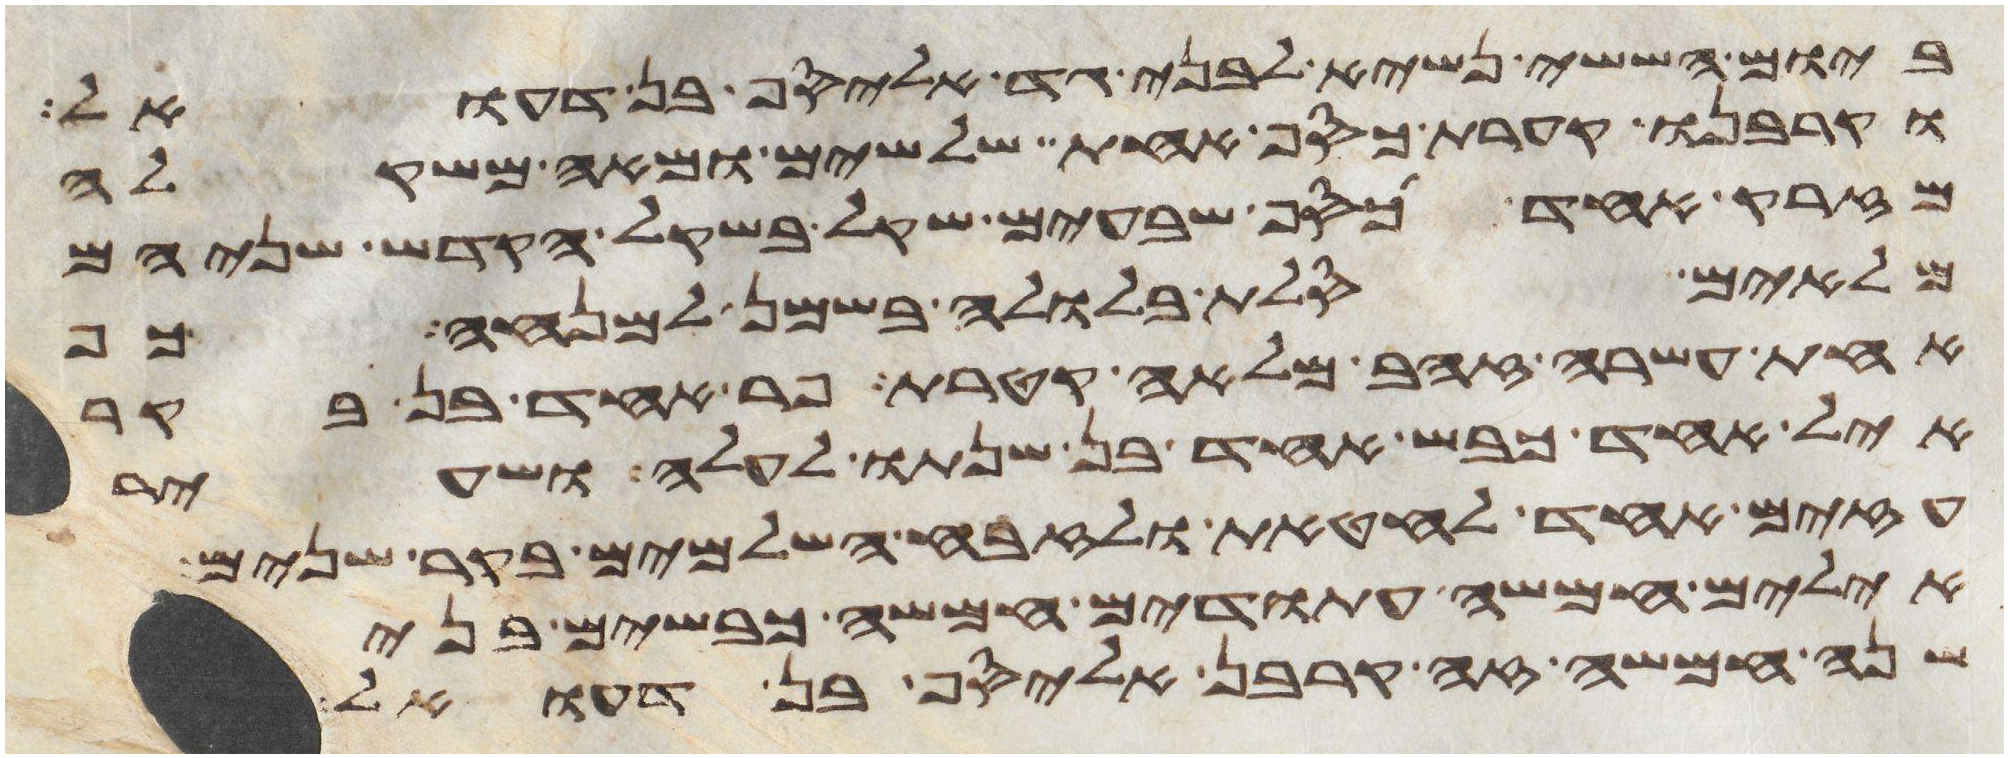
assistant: ביום הששי נשיא לבני גד אליסף בן דעואל
וקרבנו קערת כסף אחת שלשים ומאה משקלה
מזרק אחד כסף שבעים שקל בשקל הקדש שניהם
מלאים סלת בלולה בשמן למנחה כף
אחת עשרה זהב מלאה קטרת פר אחד בן בקר
איל אחד כבש אחד בן שנתו לעלה ושעיר
עזים אחד לחטאת ולזבח השלמים בקר שנים
אילים חמשה עתודים חמשה כבשים בני
שנה חמשה זה קרבן אליסף בן דעואל